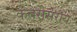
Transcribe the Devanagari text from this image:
कतरीसराय